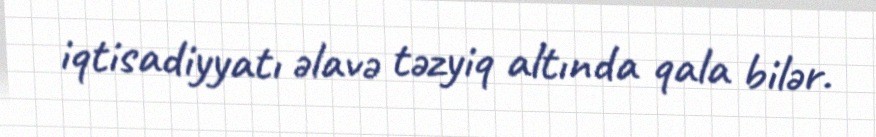
iqtisadiyyatı əlavə təzyiq altında qala bilər.